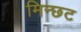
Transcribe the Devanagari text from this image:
मिन्छट